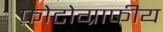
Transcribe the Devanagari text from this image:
फ़ोटोग्राफीय